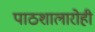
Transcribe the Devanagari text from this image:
पाठशालारोही